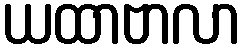
ယထာဗာလာ